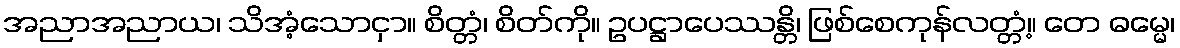
အညာအညာယ၊ သိအံ့သောငှာ။ စိတ္တံ၊ စိတ်ကို။ ဥပဋ္ဌာပေဿန္တိ၊ ဖြစ်စေကုန်လတ္တံ့။ တေ ဓမ္မေ၊